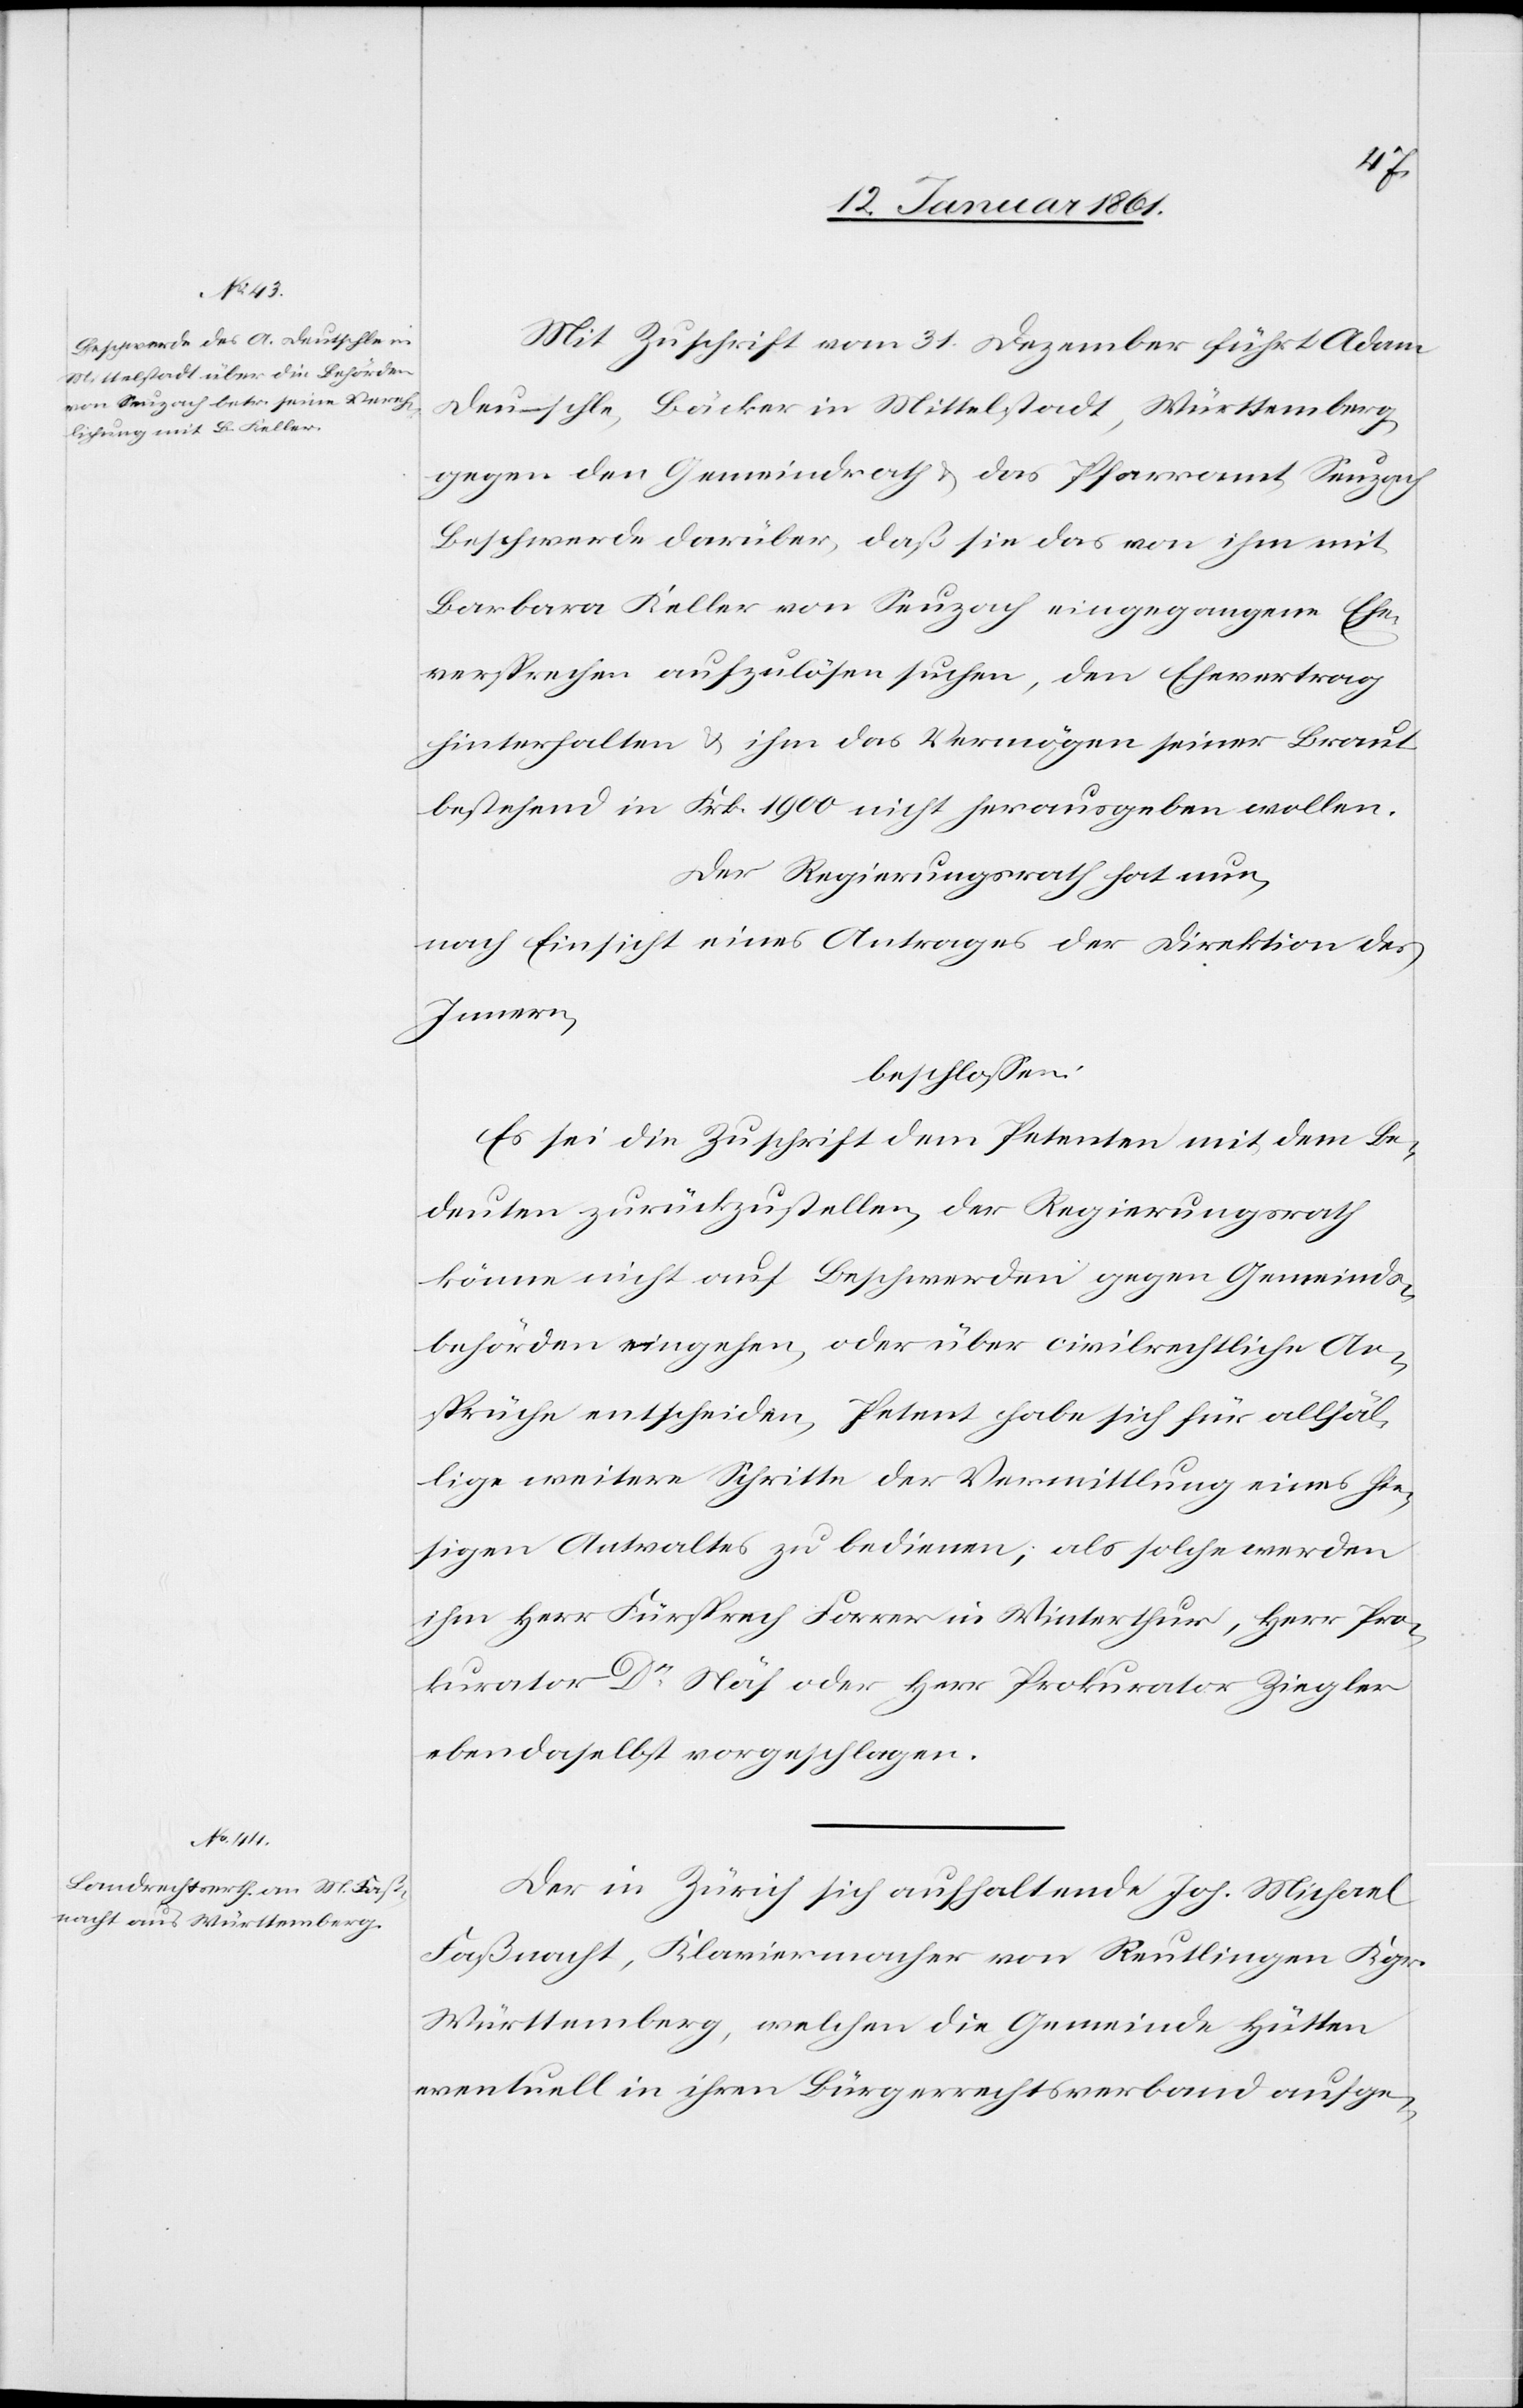
Mit Zuschrift vom 31. Dezember führt Adam
Deutschle, Bäcker in Mittelstadt, Württemberg,
gegen den Gemeindrath u. das Pfarramt Seuzach
Beschwerde darüber, daß sie das von ihm mit
Barbara Keller von Seuzach eingegangene Ehe¬
versprechen aufzulösen suchen, den Ehevertrag
hinterhalten u. ihm das Vermögen seiner Braut
bestehend in Frk. 1900 nicht herausgeben wollen.
Der Regierungsrath hat nun,
nach Einsicht eines Antrages der Direktion des
Innern,
beschlossen:
Es sei die Zuschrift dem Petenten mit dem Be¬
deuten zurückzustellen, der Regierungsrath
könne nicht auf Beschwerden gegen Gemeinds¬
behörden eingehen, oder über civilrechtliche An¬
sprüche entscheiden, Petent habe sich für allfäl¬
lige weitere Schritte der Vermittlung eines hie¬
sigen Anwaltes zu bedienen, als solche werden
ihm Herr Fürsprech Forrer in Winterthur, Herr Pro¬
kurator Dr. Näf oder Herr Prokurator Ziegler
ebendaselbst vorgeschlagen.
Der in Zürich sich aufhaltende Joh. Michael
Faßnacht, Klaviermacher von Reutlingen Kgr.
Württemberg, welchen die Gemeinde Hütten
eventuell in ihren Bürgerrechtsverband aufge-